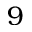
9